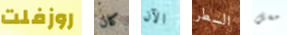
روزفلت كان الآن السطر مسل